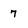
Character: 7